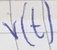
Text: V(t)